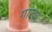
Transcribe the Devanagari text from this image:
गालब